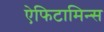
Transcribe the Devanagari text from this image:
ऐफिटामिन्स